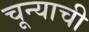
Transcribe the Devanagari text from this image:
चून्याची